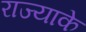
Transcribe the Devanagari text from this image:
राज्याके